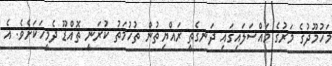
މަހުމޫދުގެ މަރުގެ މައްސަލައިގައި ދަނގެތީ ރައްޔިތުން ތުހުމަތު ކުރަނީ ތޮއްޑޫ ދެމީހަކަށެވެ. އެ